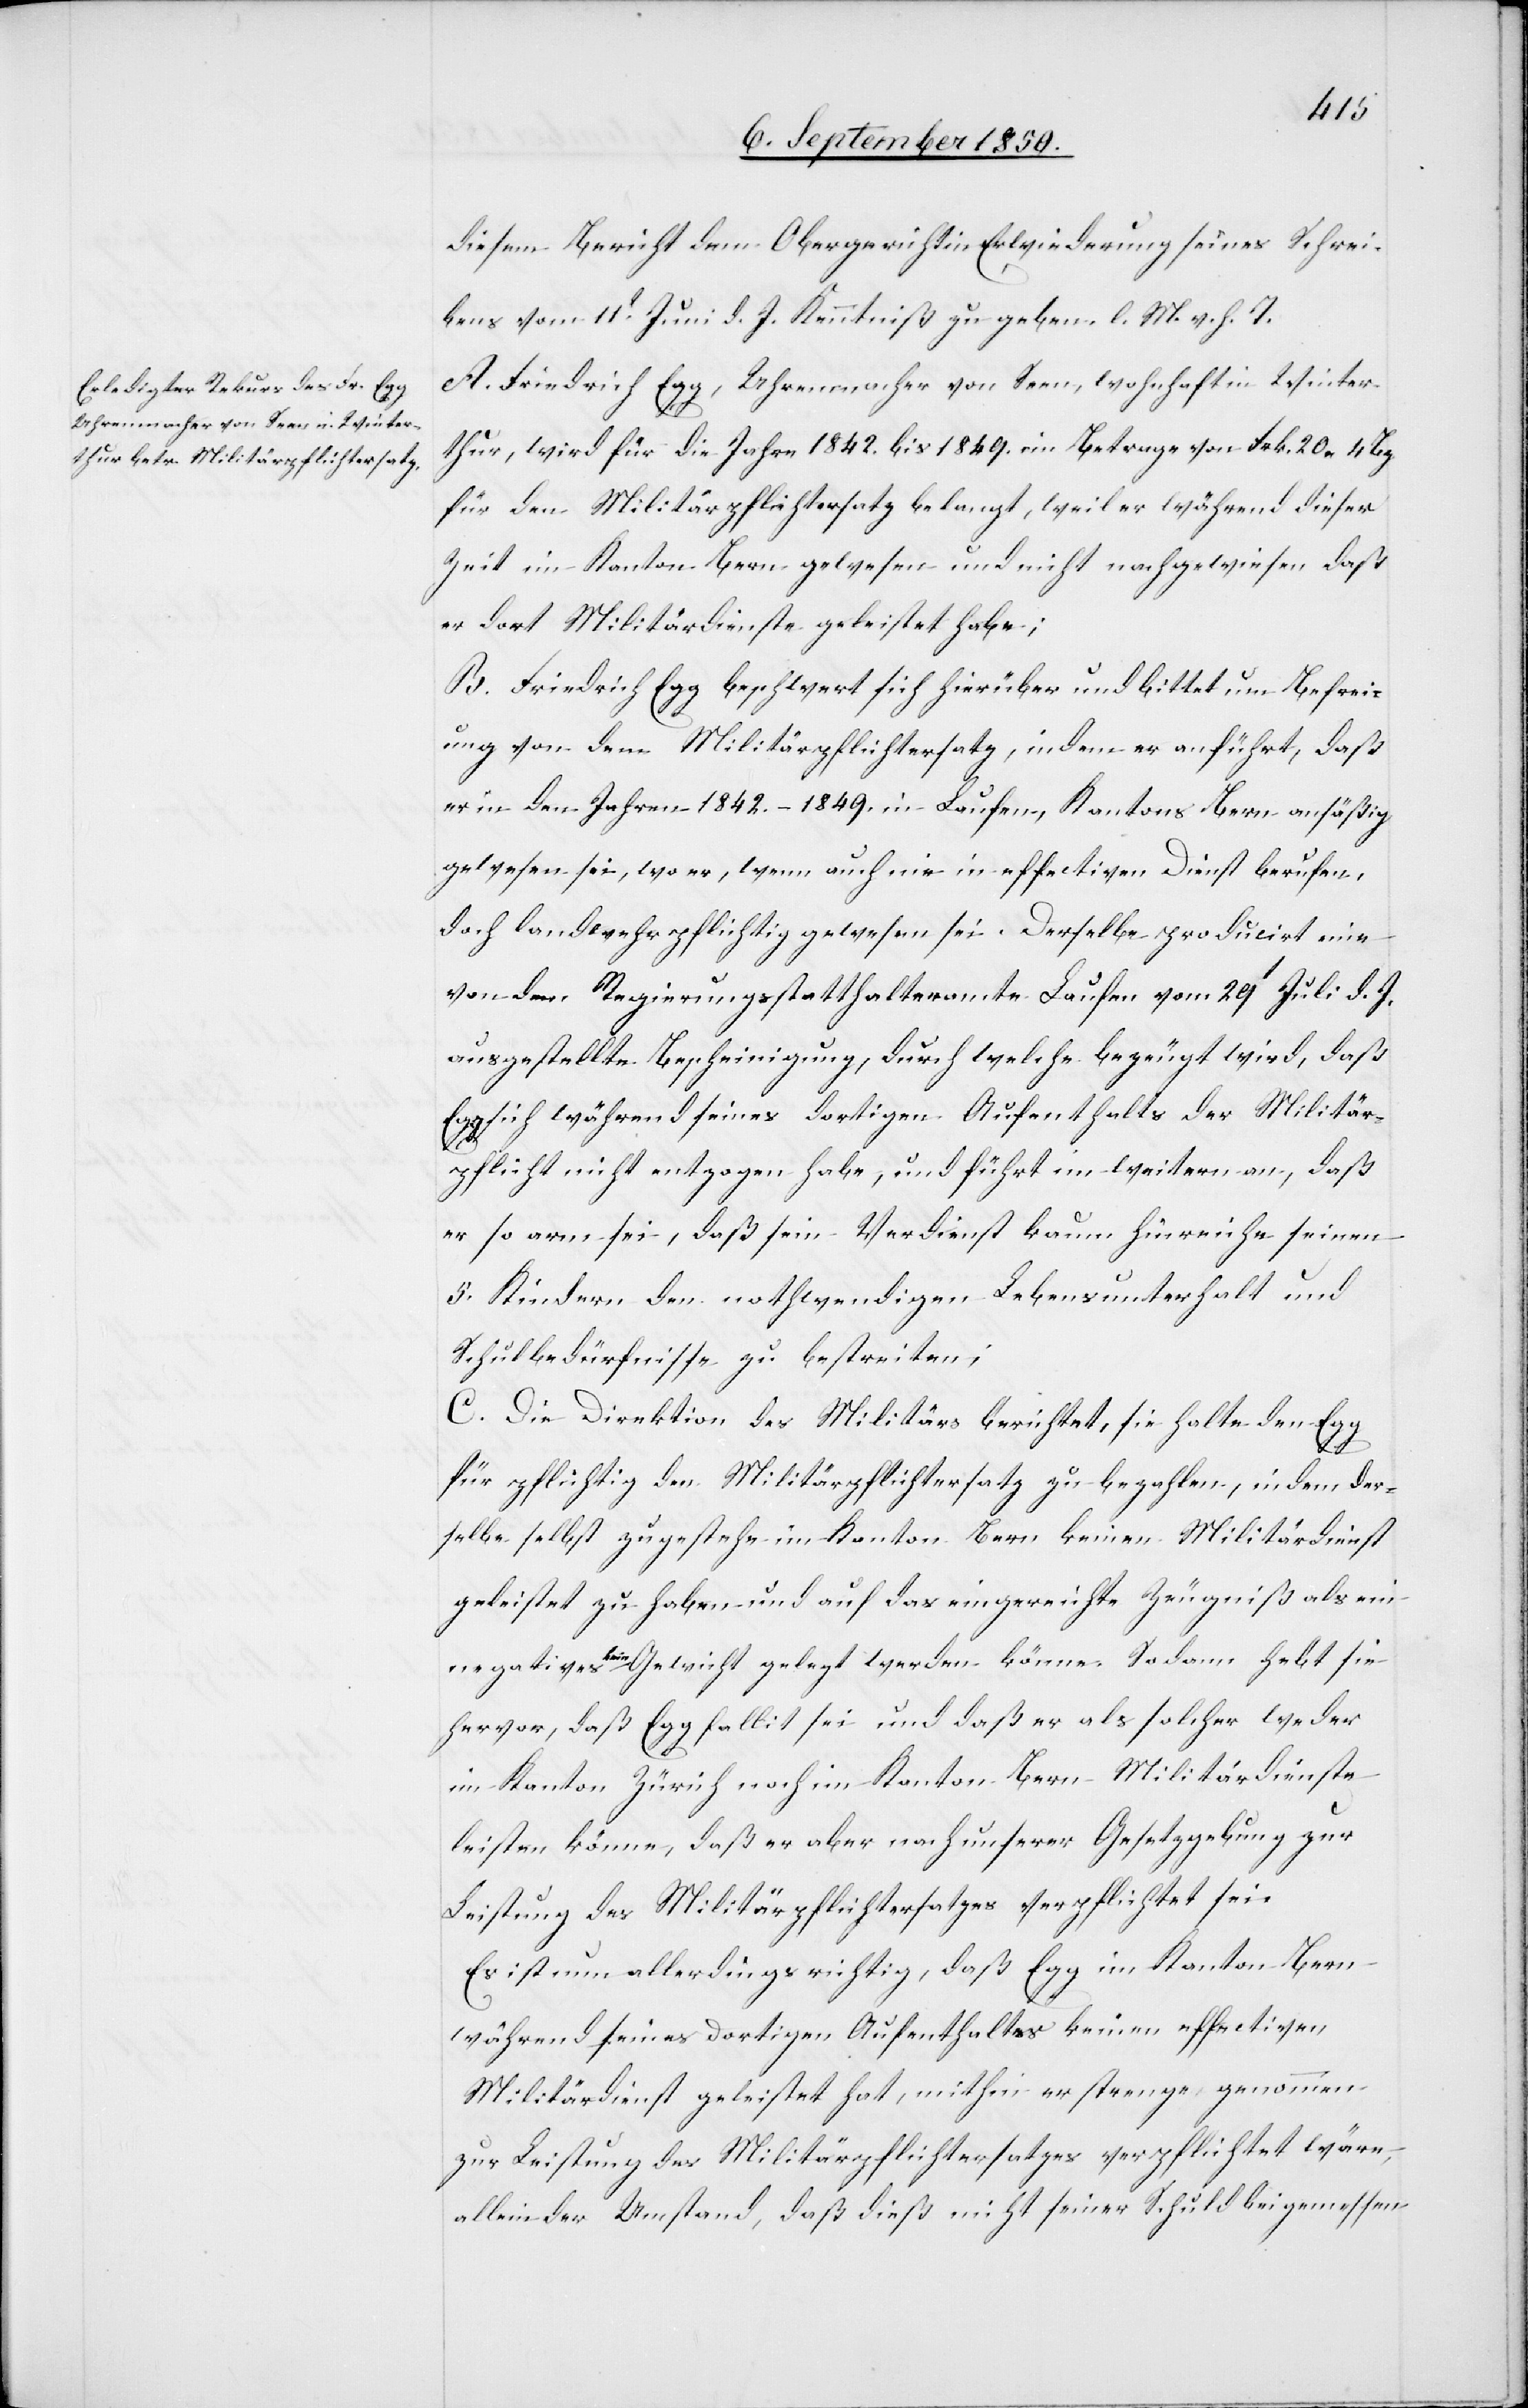
diesem Bericht dem Obergericht in Erwiederung seines Schrei¬
bens vom 11t Juni d. J. Kenntniß zu geben. l. M. v. h. T.
A. Friedrich Egg, Uhrenmacher von Seen, wohnhaft in Winter¬
thur, wird für die Jahre 1842. bis 1849. im Betrage von Frk. 20. 4 Bz.
für den Militärpflichtersatz belangt, weil er während dieser
Zeit im Kanton Bern gewesen und nicht nachgewiesen daß
er dort Militärdienste geleistet habe;
B. Friedrich Egg beschwert sich hierüber und bittet um Befrei¬
ung von dem Militärpflichtersatz, indem er anführt, daß
er in den Jahren 1842.–1849. in Laufen, Kantons Bern ansäßig
gewesen sei, wo er, wenn auch nie in errectiven Dienst berufen,
doch landwehrpflichtig gewesen sei. Derselbe producirt eine
von dem Regierungsstatthalteramte Laufen vom 29t Juli d. J.
ausgestellte Bescheinigung, durch welche bezeugt wird, daß
Egg sich während seines dortigen Aufenthalts der Militär¬
pflicht nicht entzogen habe, und führt im weitern an, daß
er so arm sei, daß sein Verdienst kaum hinreiche seinen
5. Kindern den nothwendigen Lebensunterhalt und
Schulbedürfnisse zu bestreiten;
C. Die Direktion des Militärs berichtet, sie halte den Egg
für pflichtig den Militärpflichtersatz zu bezahlen, indem der¬
selbe selbst zugestehe im Kanton Bern keinen Militärdienst
geleistet zu haben und auf das eingereichte Zeugniß als ein
negatives kein Gewicht gelegt werden könne. Sodann hebt sie
hervor, daß Egg fallit sei und daß er als solcher weder
im Kanton Zürich noch im Kanton Bern Militärdienste
leisten könne, daß er aber nach unserer Gesetzgebung zur
Leistung des Militärpflichtersatzes verpflichtet sei.
Es ist nun allerdings richtig, daß Egg im Kanton Bern
während seines dortigen Aufenthaltes keinen effectiven
Militärdienst geleistet hat, mithin er strenge genommen
zur Leistung des Militärpflichtersatzes verpflichtet wäre,
allein der Umstand, daß dieß nicht seiner Schuld beigemessen